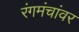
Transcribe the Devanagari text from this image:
रंगमंचांवर